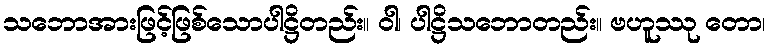
သဘောအားဖြင့်ဖြစ်သောပါဋ္ဌိတည်း။ ဝါ၊ ပါဋ္ဌိသဘောတည်း။ ဗဟူဿု တော၊